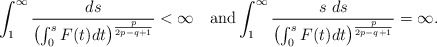
\begin{align*}\int_{1}^{\infty}\frac{ds}{\left(\int_{0}^{s}F(t)dt\right)^{\frac{p}{2p-q+1}}} <\infty\quad\mbox{and} \int_{1}^{\infty}\frac{s\ ds}{\left(\int_{0}^{s}F(t)dt\right)^{\frac{p}{2p-q+1}}}=\infty.\end{align*}